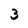
Character: 3